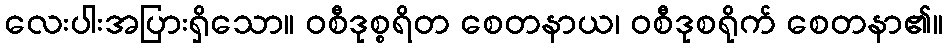
လေးပါးအပြားရှိသော။ ဝစီဒုစ္စရိတ စေတနာယ၊ ဝစီဒုစရိုက် စေတနာ၏။